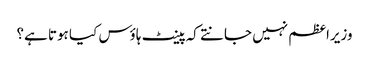
وزیراعظم نہیں جانتے کہ پینٹ ہاؤس کیا ہوتا ہے؟